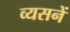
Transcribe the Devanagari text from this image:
व्यसनें